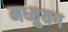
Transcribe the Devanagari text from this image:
मध्युयग